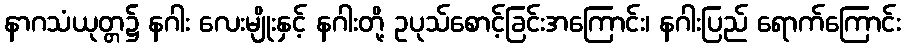
နာဂသံယုတ္တ၌ နဂါး လေးမျိုးနှင့် နဂါးတို့ ဥပုသ်စောင့်ခြင်းအကြောင်း၊ နဂါးပြည် ရောက်ကြောင်း